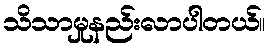
သိသာမှုနည်းလာပါတယ်။